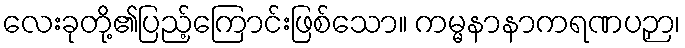
လေးခုတို့၏ပြည့်ကြောင်းဖြစ်သော။ ကမ္မနာနာကရဏပဉှာ၊